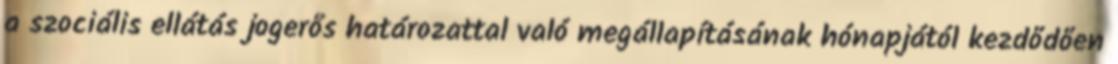
a szociális ellátás jogerős határozattal való megállapításának hónapjától kezdődően